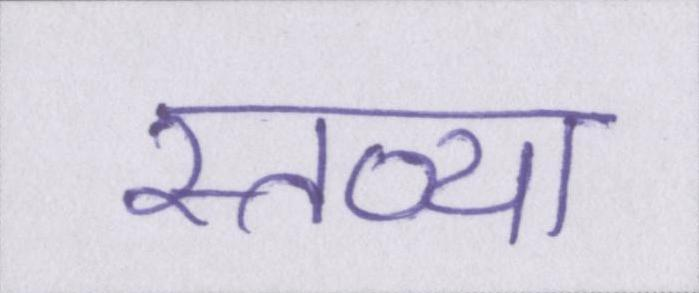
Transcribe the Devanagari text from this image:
स्तव्या